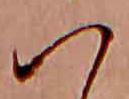
ハ